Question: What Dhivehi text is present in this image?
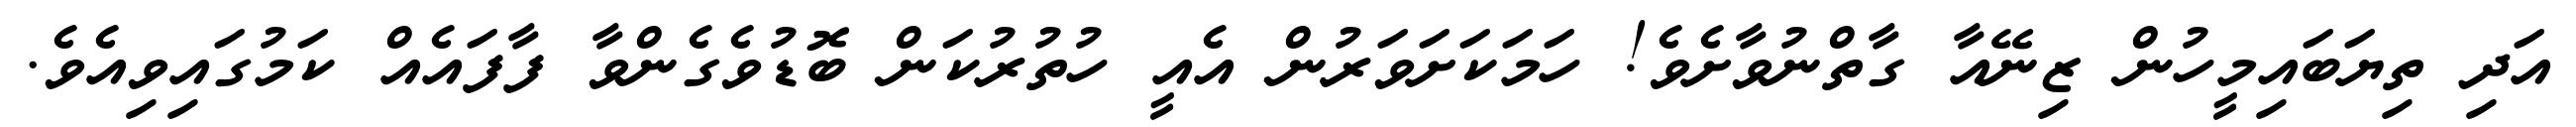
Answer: އަދި ތިޔަބައިމީހުން ޒިނޭއާ ގާތްނުވާށެވެ! ހަމަކަށަވަރުން އެއީ ހުތުރުކަން ބޮޑުވެގެންވާ ފާފައެއް ކަމުގައިވިއެވެ.